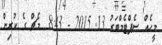
މީހެއް ސެޕްޓެމްބަރު 13